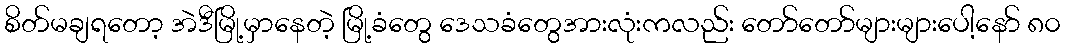
စိတ်မချရတော့ အဲဒီမြို့မှာနေတဲ့ မြို့ခံတွေ ဒေသခံတွေအားလုံးကလည်း တော်တော်များများပေါ့နော် ၈၀